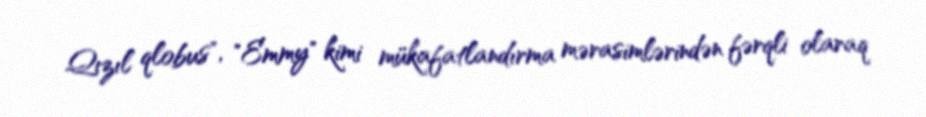
Qızıl qlobus", "Emmy" kimi mükafatlandırma mərasimlərindən fərqli olaraq